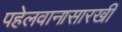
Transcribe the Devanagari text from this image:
पहेलवानासारखी